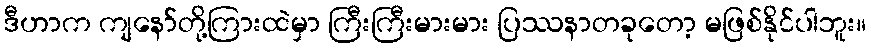
ဒီဟာက ကျနော်တို့ကြားထဲမှာ ကြီးကြီးမားမား ပြဿနာတခုတော့ မဖြစ်နိုင်ပါဘူး။